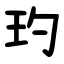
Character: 玓